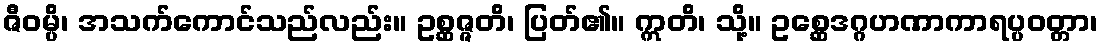
ဇီဝမ္ပိ၊ အသက်ကောင်သည်လည်း။ ဥစ္ဆဇ္ဇတိ၊ ပြတ်၏။ ဣတိ၊ သို့။ ဥစ္ဆေဒဂ္ဂဟဏာကာရပ္ပဝတ္တာ၊